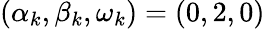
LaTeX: (\alpha_{k},\beta_{k},\omega_{k})=(0,2,0)